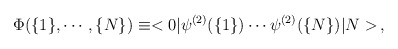
\begin{align*}\Phi (\{1\}, \cdots, \{N\})\equiv < 0|\psi^{(2)} (\{1\}) \cdots \psi^{(2)} (\{N\}) |N > \,,\end{align*}